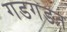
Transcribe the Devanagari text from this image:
गडगडत